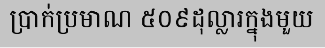
ប្រាក់ប្រមាណ ៥០៩ដុល្លារក្នុងមួយ